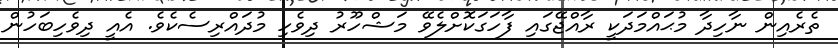
ތެރެއިން ނާހިދާ މުޙައްމަދަކީ ރާއްޖޭގައި ފާހަގަކޮށްލެވޭ މަޝްހޫރު ދިވެހި މުދައްރިސެކެވެ. އެއީ ދިވެހިބަހުން